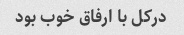
درکل با ارفاق خوب بود